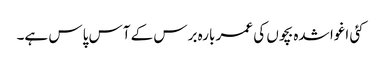
کئی اغوا شدہ بچوں کی عمر بارہ برس کے آس پاس ہے۔